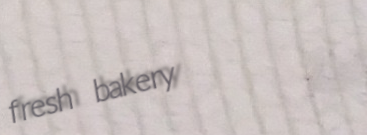
fresh bakery